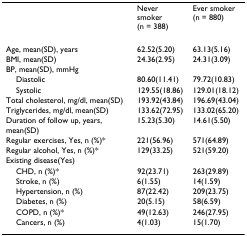
<table><thead><tr><td></td><td><b>Never smoker (n = 388)</b></td><td><b>Ever smoker (n = 880)</b></td></tr></thead><tbody><tr><td>Age, mean(SD), years</td><td>62.52(5.20)</td><td>63.13(5.16)</td></tr><tr><td>BMI, mean(SD)</td><td>24.36(2.95)</td><td>24.31(3.09)</td></tr><tr><td>BP, mean(SD), mmHg</td><td></td><td></td></tr><tr><td> Diastolic</td><td>80.60(11.41)</td><td>79.72(10.83)</td></tr><tr><td> Systolic</td><td>129.55(18.86)</td><td>129.01(18.12)</td></tr><tr><td>Total cholesterol, mg/dl, mean(SD)</td><td>193.92(43.84)</td><td>196.69(43.04)</td></tr><tr><td>Triglycerides, mg/dl, mean(SD)</td><td>133.62(72.95)</td><td>133.02(65.20)</td></tr><tr><td>Duration of follow up, years, mean(SD)</td><td>15.23(5.30)</td><td>14.61(5.50)</td></tr><tr><td>Regular exercises, Yes, n (%)*</td><td>221(56.96)</td><td>571(64.89)</td></tr><tr><td>Regular alcohol, Yes, n (%)*</td><td>129(33.25)</td><td>521(59.20)</td></tr><tr><td>Existing disease(Yes)</td><td></td><td></td></tr><tr><td> CHD, n (%)*</td><td>92(23.71)</td><td>263(29.89)</td></tr><tr><td> Stroke, n (%)</td><td>6(1.55)</td><td>14(1.59)</td></tr><tr><td> Hypertension, n (%)</td><td>87(22.42)</td><td>209(23.75)</td></tr><tr><td> Diabetes, n (%)</td><td>20(5.15)</td><td>58(6.59)</td></tr><tr><td> COPD, n (%)*</td><td>49(12.63)</td><td>246(27.95)</td></tr><tr><td> Cancers, n (%)</td><td>4(1.03)</td><td>15(1.70)</td></tr></tbody></table>